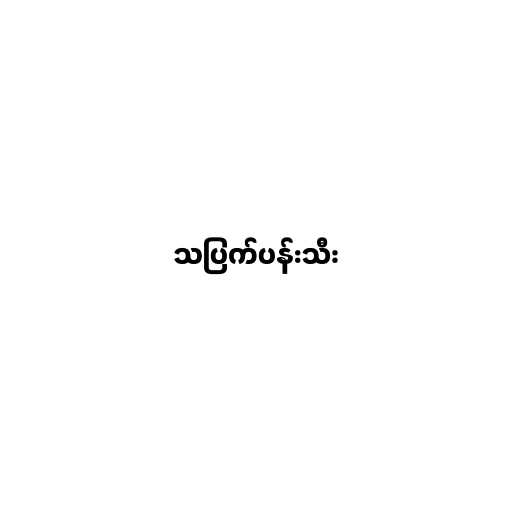
သပြက်ပန်းသီး